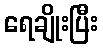
ရေချိုးပြီး